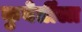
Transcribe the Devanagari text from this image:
कुबेर्तींला